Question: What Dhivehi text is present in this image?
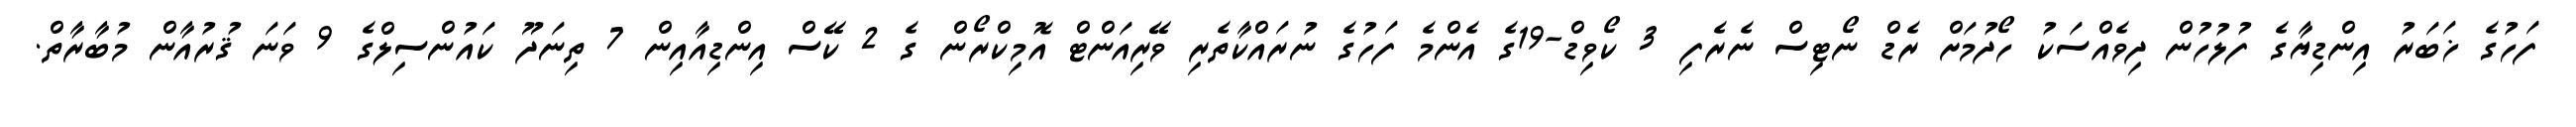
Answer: ފަހުގެ ޚަބަރު އިންޑިޔާގެ ފުލުހުން ދިވެއްސަކު ހޯދުމަށް ރެޑް ނޯޓިސް ނެރެފި 3 ކޯވިޑް-19ގެ އެންމެ ފަހުގެ ނުރައްކާތެރި ވޭރިއަންޓް އޮމިކްރޯން ގެ 2 ކޭސް އިންޑިއާއިން 7 ތިނަދޫ ކައުންސިލްގެ 9 ވަނަ ޤުރުއާން މުބާރާތް.